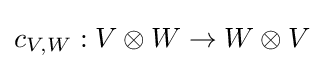
c_{V,W}:V\otimes W\to W\otimes V